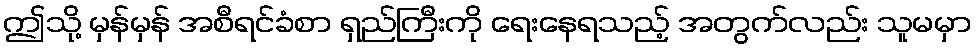
ဤသို့ မှန်မှန် အစီရင်ခံစာ ရှည်ကြီးကို ရေးနေရသည့် အတွက်လည်း သူမမှာ